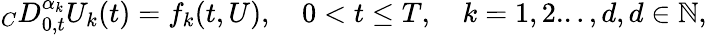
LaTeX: {}_{C}D_{0,t}^{\alpha_{k}}U_{k}(t)=f_{k}(t,U),\quad 0<t\le T,\quad k=1,2...,d,d\in\mathbb{N},